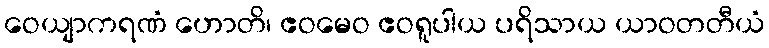
ဝေယျာကရဏံ ဟောတိ၊ ဧဝမေဝ ဧဝရူပါယ ပရိသာယ ယာဝတတီယံ